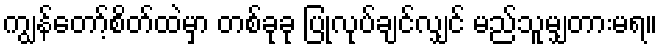
ကျွန်တော့်စိတ်ထဲမှာ တစ်ခုခု ပြုလုပ်ချင်လျှင် မည်သူမျှတားမရ။